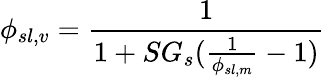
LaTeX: \phi_{sl,v}={\frac{1}{1+SG_{s}({\frac{1}{\phi_{sl,m}}}-1)}}